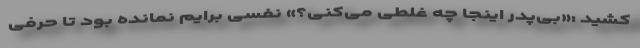
کشید :«بی‌پدر اینجا چه غلطی می‌کنی؟» نفسی برایم نمانده بود تا حرفی